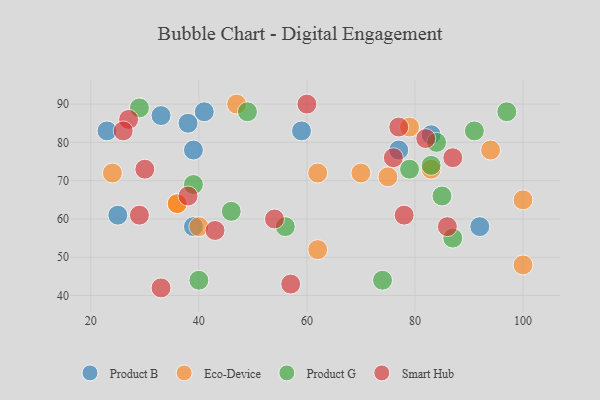
{"axis": {"x": "GDP", "y": "Life Expectancy"}, "legend": ["Eco-Device", "Product B", "Product G", "Smart Hub"], "data": [{"x": "77", "y": 78, "type": "Product B"}, {"x": "38", "y": 85, "type": "Product B"}, {"x": "39", "y": 58, "type": "Product B"}, {"x": "83", "y": 82, "type": "Product B"}, {"x": "92", "y": 58, "type": "Product B"}, {"x": "23", "y": 83, "type": "Product B"}, {"x": "41", "y": 88, "type": "Product B"}, {"x": "25", "y": 61, "type": "Product B"}, {"x": "59", "y": 83, "type": "Product B"}, {"x": "39", "y": 78, "type": "Product B"}, {"x": "33", "y": 87, "type": "Product B"}, {"x": "100", "y": 48, "type": "Eco-Device"}, {"x": "62", "y": 72, "type": "Eco-Device"}, {"x": "100", "y": 65, "type": "Eco-Device"}, {"x": "75", "y": 71, "type": "Eco-Device"}, {"x": "62", "y": 52, "type": "Eco-Device"}, {"x": "94", "y": 78, "type": "Eco-Device"}, {"x": "83", "y": 73, "type": "Eco-Device"}, {"x": "24", "y": 72, "type": "Eco-Device"}, {"x": "79", "y": 84, "type": "Eco-Device"}, {"x": "70", "y": 72, "type": "Eco-Device"}, {"x": "36", "y": 64, "type": "Eco-Device"}, {"x": "36", "y": 64, "type": "Eco-Device"}, {"x": "47", "y": 90, "type": "Eco-Device"}, {"x": "40", "y": 58, "type": "Eco-Device"}, {"x": "83", "y": 74, "type": "Product G"}, {"x": "49", "y": 88, "type": "Product G"}, {"x": "29", "y": 89, "type": "Product G"}, {"x": "79", "y": 73, "type": "Product G"}, {"x": "91", "y": 83, "type": "Product G"}, {"x": "74", "y": 44, "type": "Product G"}, {"x": "39", "y": 69, "type": "Product G"}, {"x": "87", "y": 55, "type": "Product G"}, {"x": "46", "y": 62, "type": "Product G"}, {"x": "85", "y": 66, "type": "Product G"}, {"x": "97", "y": 88, "type": "Product G"}, {"x": "40", "y": 44, "type": "Product G"}, {"x": "84", "y": 80, "type": "Product G"}, {"x": "56", "y": 58, "type": "Product G"}, {"x": "54", "y": 60, "type": "Smart Hub"}, {"x": "29", "y": 61, "type": "Smart Hub"}, {"x": "76", "y": 76, "type": "Smart Hub"}, {"x": "27", "y": 86, "type": "Smart Hub"}, {"x": "86", "y": 58, "type": "Smart Hub"}, {"x": "26", "y": 83, "type": "Smart Hub"}, {"x": "30", "y": 73, "type": "Smart Hub"}, {"x": "57", "y": 43, "type": "Smart Hub"}, {"x": "78", "y": 61, "type": "Smart Hub"}, {"x": "87", "y": 76, "type": "Smart Hub"}, {"x": "33", "y": 42, "type": "Smart Hub"}, {"x": "77", "y": 84, "type": "Smart Hub"}, {"x": "43", "y": 57, "type": "Smart Hub"}, {"x": "60", "y": 90, "type": "Smart Hub"}, {"x": "82", "y": 81, "type": "Smart Hub"}, {"x": "38", "y": 66, "type": "Smart Hub"}]}